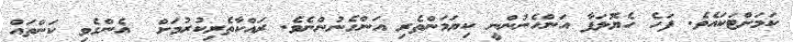
ކަމަށްޓަކައެވެ. ފަހެ ހެޔޮލަފާ އަންހެނުންނީ ކިޔަމަންތެރި އަންހެނުންނެވެ. ރައްކާތެރިކުރުމަށް  އެންގެވި ކަންތައް